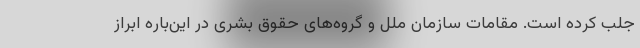
جلب کرده است. مقامات سازمان ملل و گروه‌های حقوق بشری در این‌باره ابراز